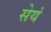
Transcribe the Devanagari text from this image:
सेयं